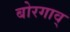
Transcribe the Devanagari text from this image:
बोरगाव्